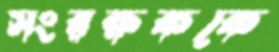
সংরক্ষককে